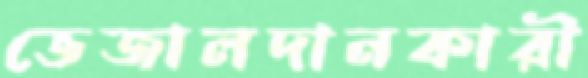
ভেজালদানকারী